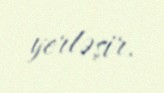
yerləşir.